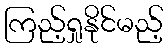
ကြည့်ရှုနိုင်မည့်